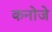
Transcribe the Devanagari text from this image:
कनोजे